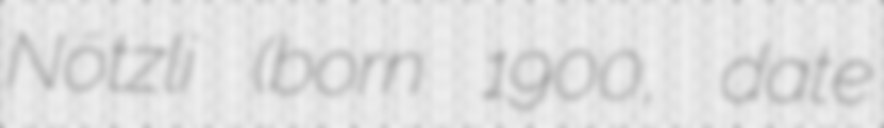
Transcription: Nötzli (born 1900, date